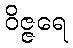
ဝိဇ္ဇရေ